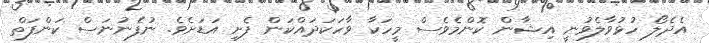
އެދެލޯ ހުޅުވާލެވުނީ އިޝާން ކޮންމެވެސް މީހަކާ ވާހަކަދައްކަން ފެށި އަޑަށެވެ. ނުފެނުނަސް ކަންފަތް